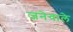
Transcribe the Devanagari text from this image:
जनेवाले